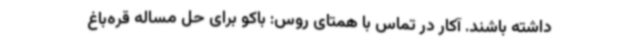
داشته باشند. آکار در تماس با همتای روس: باکو برای حل مساله قره‌باغ